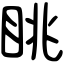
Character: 眺